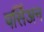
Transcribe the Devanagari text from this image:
पर्सिअन